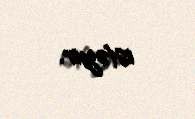
istəyir.